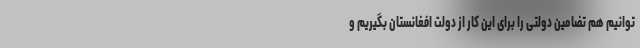
توانیم هم تضامین دولتی را برای این کار از دولت افغانستان بگیریم و